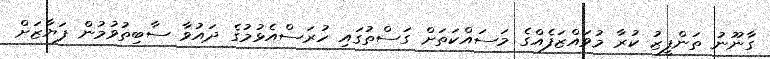
ގާނޫނު ތަންފީޒު ކުރާ މުވައްޒަފެއްގެ މަސައްކަތަށް ގަސްތުގައި ހުރަސްއެޅުމުގެ ދައުވާ ސާބިތުވުމުން ފަޔާޒަށް